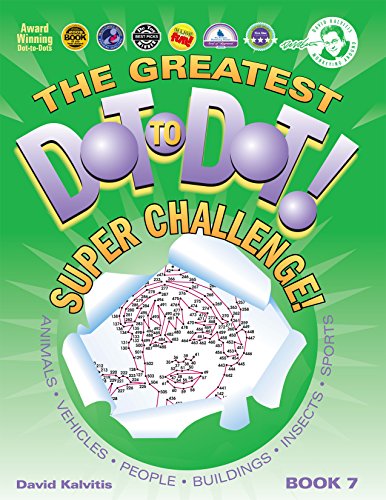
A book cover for The Greatest Dot-to-Dot Super Challenge Book 7 (Greatest Dot to Dot! Super Challenge!); David Kalvitis; Humor & Entertainment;